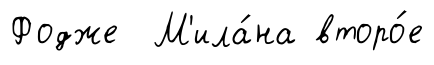
Фодже М'ила́на второ́е